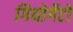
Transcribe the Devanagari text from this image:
गियोर्गेटो